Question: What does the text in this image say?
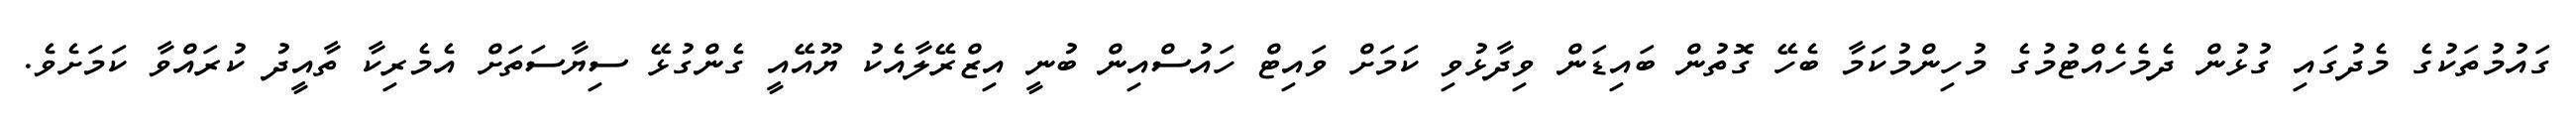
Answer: ގައުމުތަކުގެ މެދުގައި ގުޅުން ދެމެހެއްޓުމުގެ މުހިންމުކަމާ ބެހޭ ގޮތުން ބައިޑަން ވިދާޅުވި ކަމަށް ވައިޓް ހައުސްއިން ބުނީ އިޒްރޭލާއެކު ޔޫއޭއީ ގެންގުޅޭ ސިޔާސަތަށް އެމެރިކާ ތާއީދު ކުރައްވާ ކަމަށެވެ.